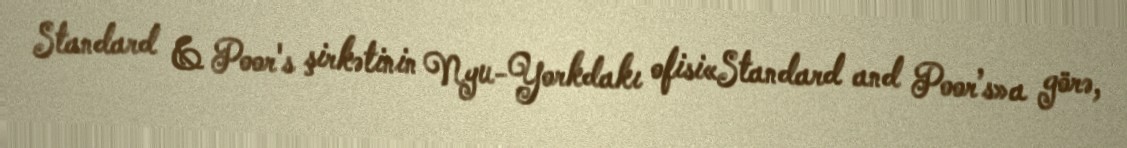
Standard & Poor's şirkətinin Nyu-Yorkdakı ofisi«Standard and Poor’s»a görə,